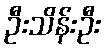
ဦးသိန်းဦး